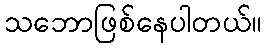
သဘောဖြစ်နေပါတယ်။